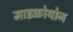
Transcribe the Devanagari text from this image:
माइक्रोयोन